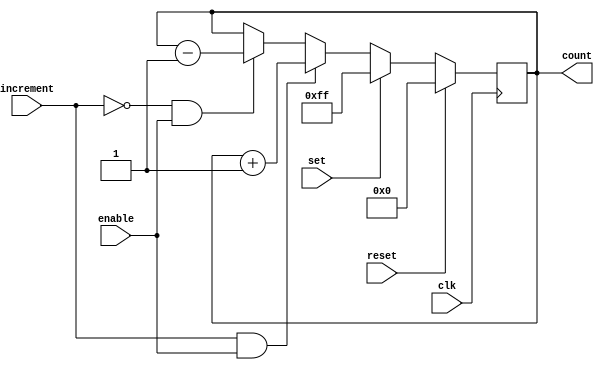
module Counter (
    input wire clk,
    input wire enable,
    input wire reset,
    input wire set,
    input wire increment,
    output reg [7:0] count
);

always @(posedge clk) begin
    if (reset) begin
        count <= 8'b00000000;
    end else if (set) begin
        count <= 8'b11111111;
    end else if (increment && enable) begin
        count <= count + 1;
    end else if (!increment && enable) begin
        count <= count - 1;
    end
end

endmodule